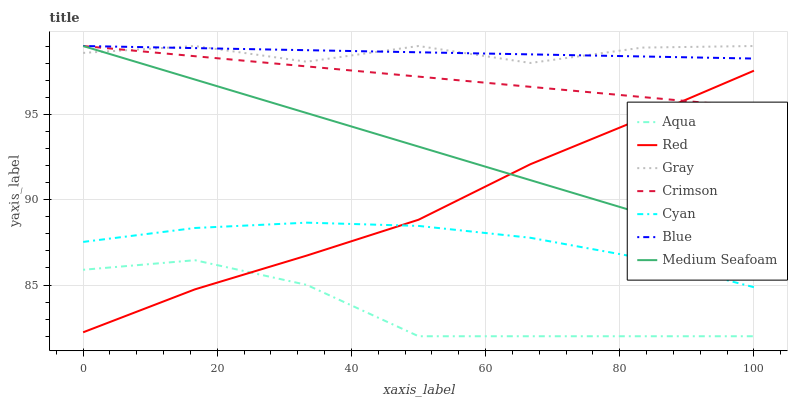
| xaxis_label | Aqua | Red | Gray | Crimson | Cyan | Blue | Medium Seafoam |
 | --- | --- | --- | --- | --- | --- | --- | --- |
 | 0 | 85.9 | 82.2 | 98.6 | 99 | 87.5 | 99 | 99 |
 | 16.7 | 86.5 | 84.7 | 99 | 98.4 | 88.3 | 98.9 | 97 |
 | 33.3 | 85 | 86.7 | 98.1 | 97.8 | 88.7 | 98.8 | 95.1 |
 | 50 | 82 | 88.8 | 99 | 97.2 | 88.5 | 98.6 | 93.1 |
 | 66.7 | 82 | 92.1 | 98 | 96.6 | 87.8 | 98.5 | 91.1 |
 | 83.3 | 82 | 94.8 | 98.9 | 96 | 86.6 | 98.4 | 89.2 |
 | 100 | 82 | 97.6 | 99 | 95.4 | 84.9 | 98.3 | 87.2 |